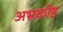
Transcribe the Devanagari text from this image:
अभ्रकोष्ठ